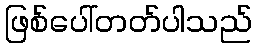
ဖြစ်ပေါ်တတ်ပါသည်